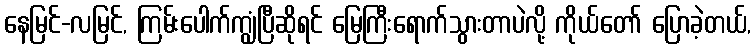
နေမြင်-လမြင်, ကြမ်းပေါက်ကျွံပြီဆိုရင် မြေကြီးရောက်သွားတာပဲလို့ ကိုယ်တော် ပြောခဲ့တယ်,